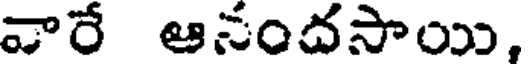
వారే ఆనందసాయి,